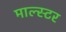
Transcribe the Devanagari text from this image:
माल्स्टर